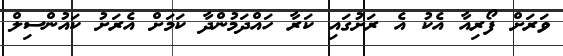
ވަރަށް ފޯރިއާ އެކު އެ ރަށުގައި ކަރާ ހައްދަމުންދާ ކަމަށް އެރަށު ކައުންސިލް